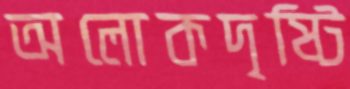
অলোকদৃষ্টি